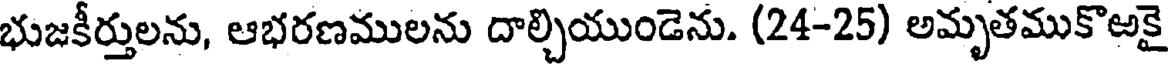
భుజకీర్తులను, ఆభరణములను దాల్చియుండెను. (24-25) అమృతముకొఱకై